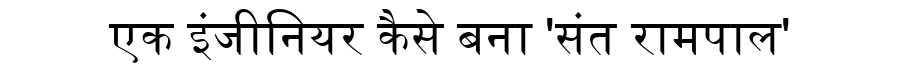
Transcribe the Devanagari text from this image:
एक इंजीनियर कैसे बना 'संत रामपाल'